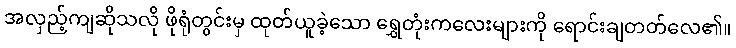
အလှည့်ကျဆိုသလို ဖိုရုံတွင်းမှ ထုတ်ယူခဲ့သော ရွှေတုံးကလေးများကို ရောင်းချတတ်လေ၏။